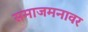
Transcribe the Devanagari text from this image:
समाजमनावर